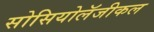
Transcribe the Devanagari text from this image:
सोसियोलॅजीकल